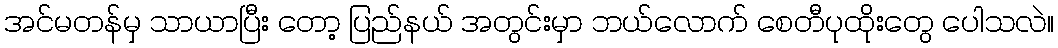
အင်မတန်မှ သာယာပြီး တော့ ပြည်နယ် အတွင်းမှာ ဘယ်လောက် စေတီပုထိုးတွေ ပေါသလဲ။